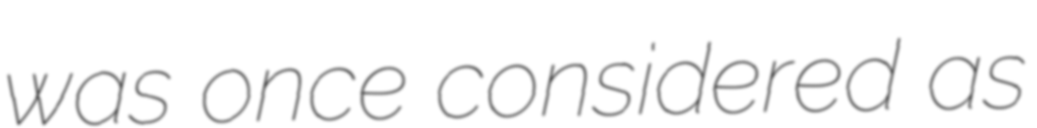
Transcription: was once considered as